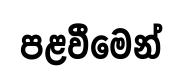
පළවීමෙන්